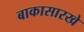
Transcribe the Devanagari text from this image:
बाकासारखे